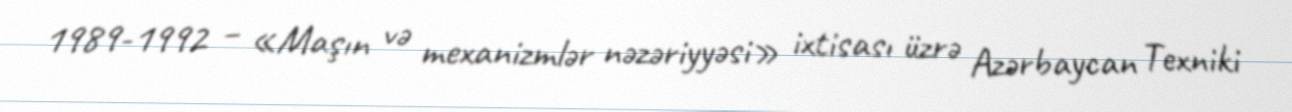
1989-1992 – «Maşın və mexanizmlər nəzəriyyəsi» ixtisası üzrə Azərbaycan Texniki